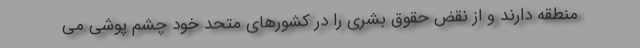
منطقه دارند و از نقض حقوق بشری را در کشورهای متحد خود چشم پوشی می